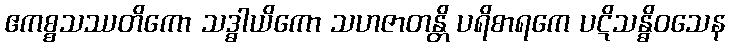
ဧကစ္စသဿတိကော သဒ္ဓါယိကော သဟဇာတန္တိ ပရိစာရကေ ပဋိသန္ဓိဝသေန